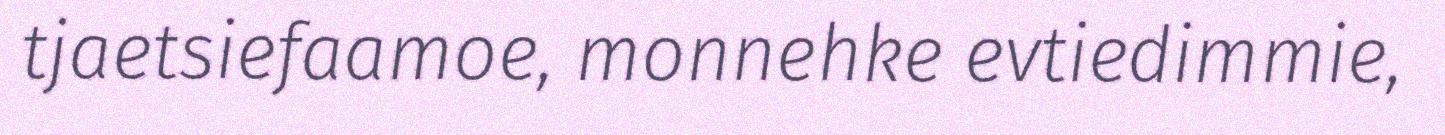
tjaetsiefaamoe, monnehke evtiedimmie,